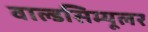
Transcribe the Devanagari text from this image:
वाल्डसिम्यूलर